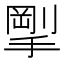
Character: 𪮚